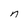
Character: n